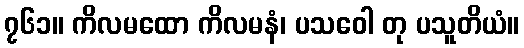
၇၆၁။ ကိလမထော ကိလမနံ၊ ပသဝေါ တု ပသူတိယံ။